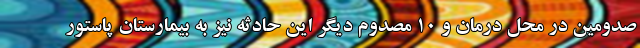
صدومین در محل درمان و ۱۰ مصدوم دیگر این حادثه نیز به بیمارستان پاستور